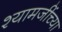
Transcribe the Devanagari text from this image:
श्यामजींच्या